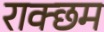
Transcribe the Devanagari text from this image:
राक्छम